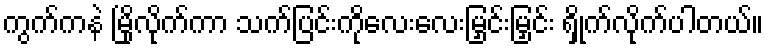
ကွက်ကနဲ မြိုလိုက်ကာ သက်ပြင်းကိုလေးလေးမြှင်းမြှင်း ရှိုက်လိုက်ပါတယ်။